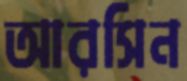
আরসিন